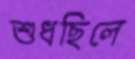
শুধছিলে